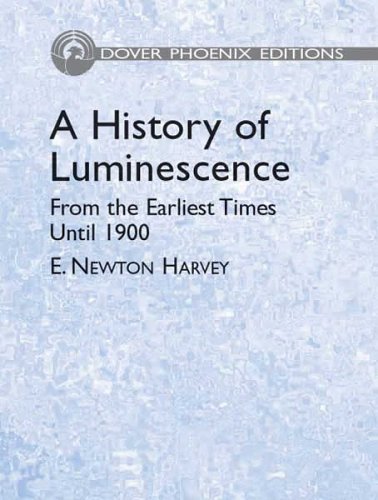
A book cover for A History of Luminescence: From the Earliest Times Until 1900 (Dover Phoenix Editions); E. Newton Harvey; Science & Math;